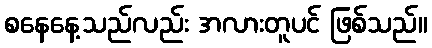
စနေနေ့သည်လည်း အလားတူပင် ဖြစ်သည်။